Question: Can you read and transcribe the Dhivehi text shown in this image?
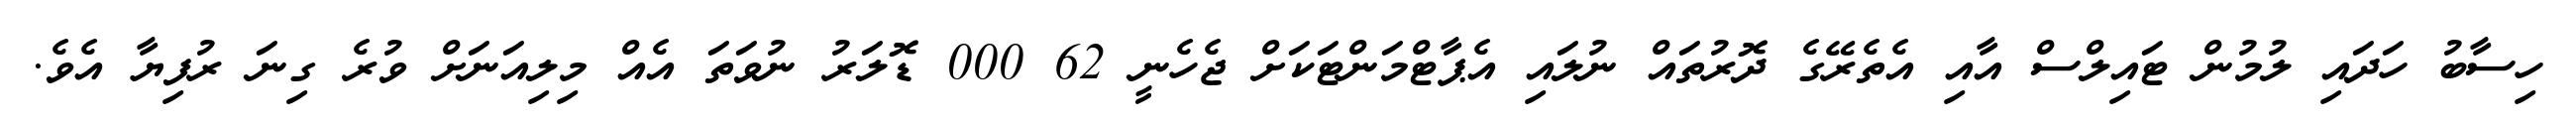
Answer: ހިސާބު ހަދައި ލުމުން ޓައިލްސް އާއި އެތެރޭގެ ދޮރުތައް ނުލައި އެޕާޓްމަންޓަކަށް ޖެހެނީ 62 000 ޑޮލަރު ނުވަތަ އެއް މިލިއަނަށް ވުރެ ގިނަ ރުފިޔާ އެވެ.